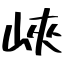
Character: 峽